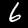
Digit: 6